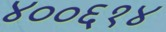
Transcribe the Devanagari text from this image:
४००६१४